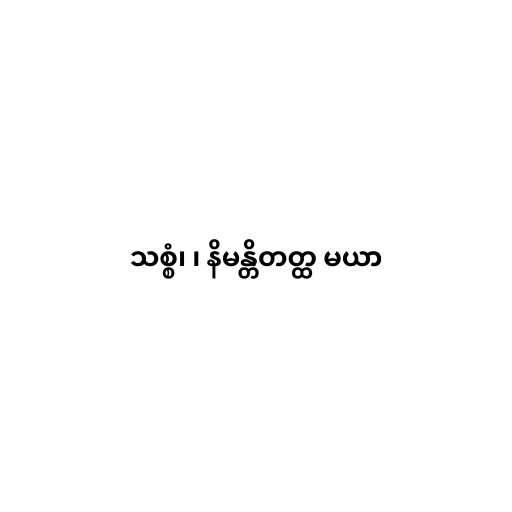
သစ္စံ၊ ၊ နိမန္တိတတ္ထ မယာ